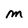
Character: m